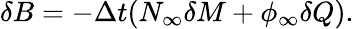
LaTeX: \delta B=-\Delta t(N_{\infty}\delta M+\phi_{\infty}\delta Q).